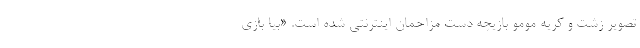
تصویر زشت و کریه مومو بازیچه دست مزاحمان اینترنتی شده است. «بیا بازی